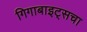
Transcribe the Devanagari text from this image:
गिगाबाइट्सचा